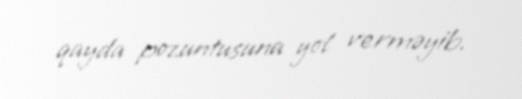
qayda pozuntusuna yol verməyib.